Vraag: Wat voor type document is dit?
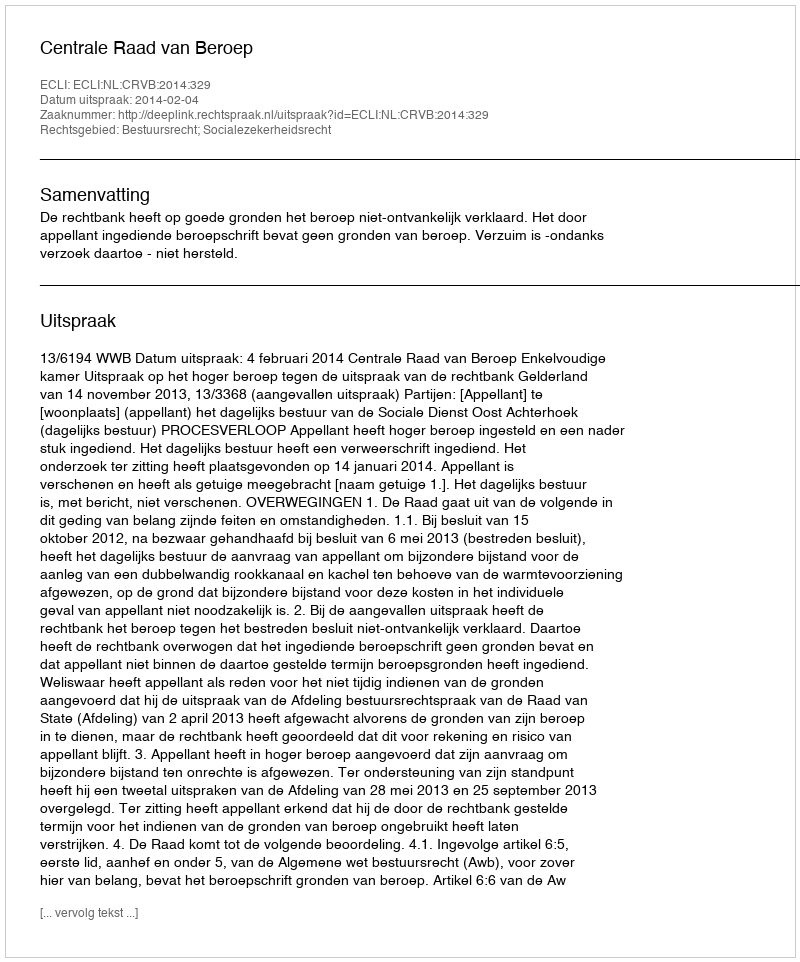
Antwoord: Uitspraak